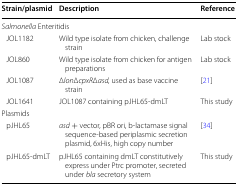
<table><thead><tr><td><b>Strain/plasmid</b></td><td><b>Description</b></td><td><b>Reference</b></td></tr></thead><tbody><tr><td colspan="3"><i>Salmonella</i> Enteritidis</td></tr><tr><td> JOL1182</td><td>Wild type isolate from chicken, challenge strain</td><td>Lab stock</td></tr><tr><td> JOL860</td><td>Wild type isolate from chicken for antigen preparations</td><td>Lab stock</td></tr><tr><td> JOL1087</td><td>Δ<i>lon</i>Δ<i>cpxR</i>Δ<i>asd,</i> used as base vaccine strain</td><td>[21]</td></tr><tr><td> JOL1641</td><td>JOL1087 containing pJHL65-dmLT</td><td>This study</td></tr><tr><td colspan="3">Plasmids</td></tr><tr><td> pJHL65</td><td><i>asd</i> + vector, pBR ori, b-lactamase signal sequence-based periplasmic secretion plasmid, 6xHis, high copy number</td><td>[34]</td></tr><tr><td> pJHL65-dmLT</td><td>pJHL65 containing dmLT constitutively express under Ptrc promoter, secreted under <i>bla</i> secretory system</td><td>This study</td></tr></tbody></table>